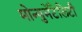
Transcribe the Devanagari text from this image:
मोन्युमेंटैलिटी